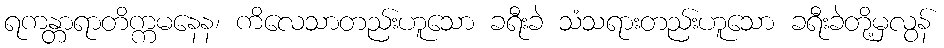
ရကန္တာရာတိက္ကမနေန၊ ကိလေသာတည်းဟူသော ခရီးခဲ သံသရားတည်းဟူသော ခရီးခဲတို့မှလွန်